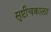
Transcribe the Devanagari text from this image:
सृष्टीचक्राला